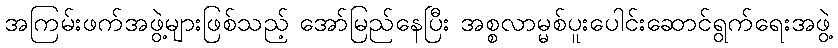
အကြမ်းဖက်အဖွဲ့များဖြစ်သည့် အော်မြည်နေပြီး အစ္စလာမ္မစ်ပူးပေါင်းဆောင်ရွက်ရေးအဖွဲ့